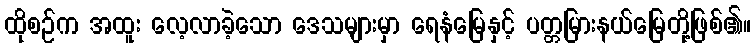
ထိုစဉ်က အထူး လေ့လာခဲ့သော ဒေသများမှာ ရေနံမြေနှင့် ပတ္တမြားနယ်မြေတို့ဖြစ်၏။